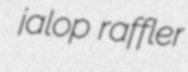
jalop raffler